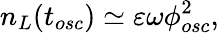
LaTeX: n_{L}(t_{osc})\simeq\varepsilon\omega\phi_{osc}^{2},